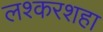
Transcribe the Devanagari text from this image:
लश्करशहा